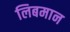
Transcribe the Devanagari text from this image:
लिबमान